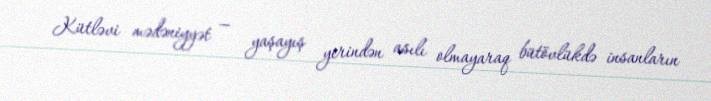
Kütləvi mədəniyyət — yaşayış yerindən asılı olmayaraq bütövlükdə insanların